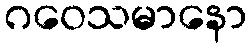
ဂဝေသမာနော